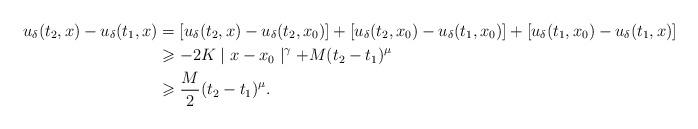
LaTeX: \begin{align*}u_\delta(t_2,x) - u_\delta(t_1,x) & = [u_\delta(t_2,x) - u_\delta(t_2,x_0)] + [u_\delta(t_2,x_0) - u_\delta(t_1,x_0)] + [u_\delta(t_1,x_0) - u_\delta(t_1,x)] \\& \geqslant -2K\mid x - x_0 \mid^\gamma + M (t_2 - t_1)^\mu \\& \geqslant \frac{M}{2} (t_2 - t_1)^\mu.\end{align*}